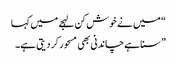
“ میں نے خوش کن لہجے میں کہا
” سنا ہے چاندنی بھی مسحور کر دیتی ہے۔